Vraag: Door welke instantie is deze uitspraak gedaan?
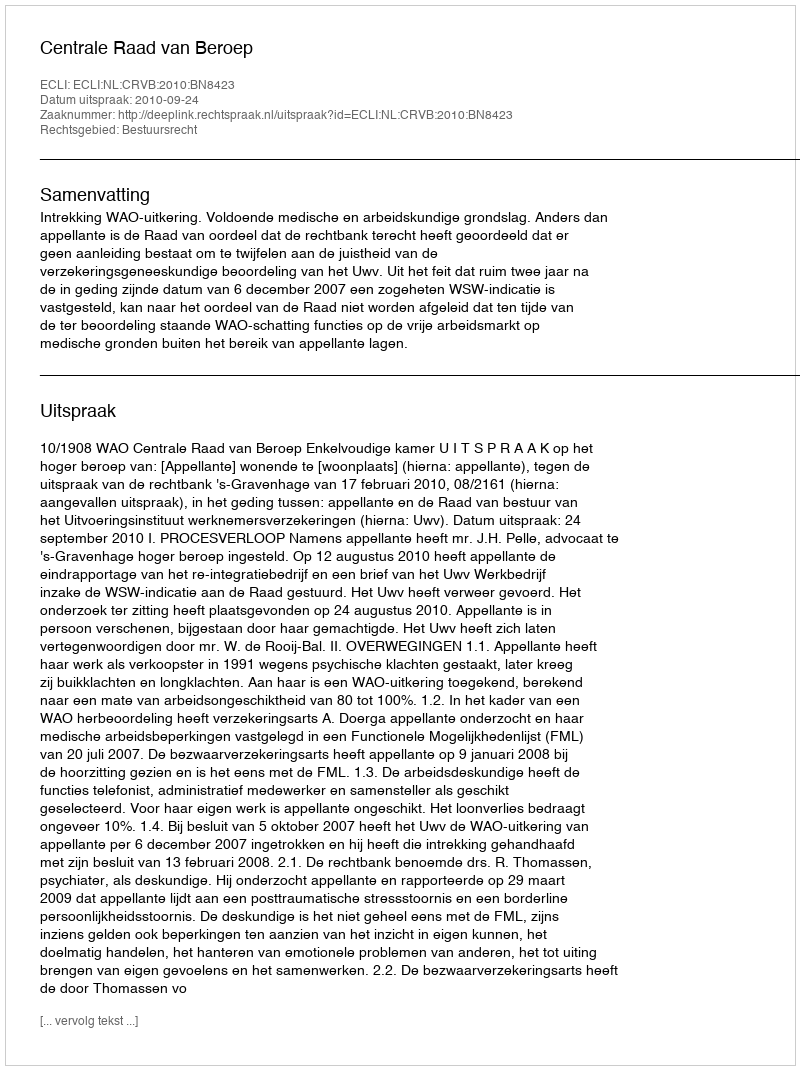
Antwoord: Centrale Raad van Beroep